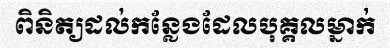
ពិនិត្យដល់កន្លែងដែលបុគ្គលម្នាក់